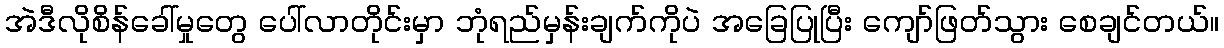
အဲဒီလိုစိန်ခေါ်မှုတွေ ပေါ်လာတိုင်းမှာ ဘုံရည်မှန်းချက်ကိုပဲ အခြေပြုပြီး ကျော်ဖြတ်သွား စေချင်တယ်။